Pusta,_Kaarel_Robert, lk 17
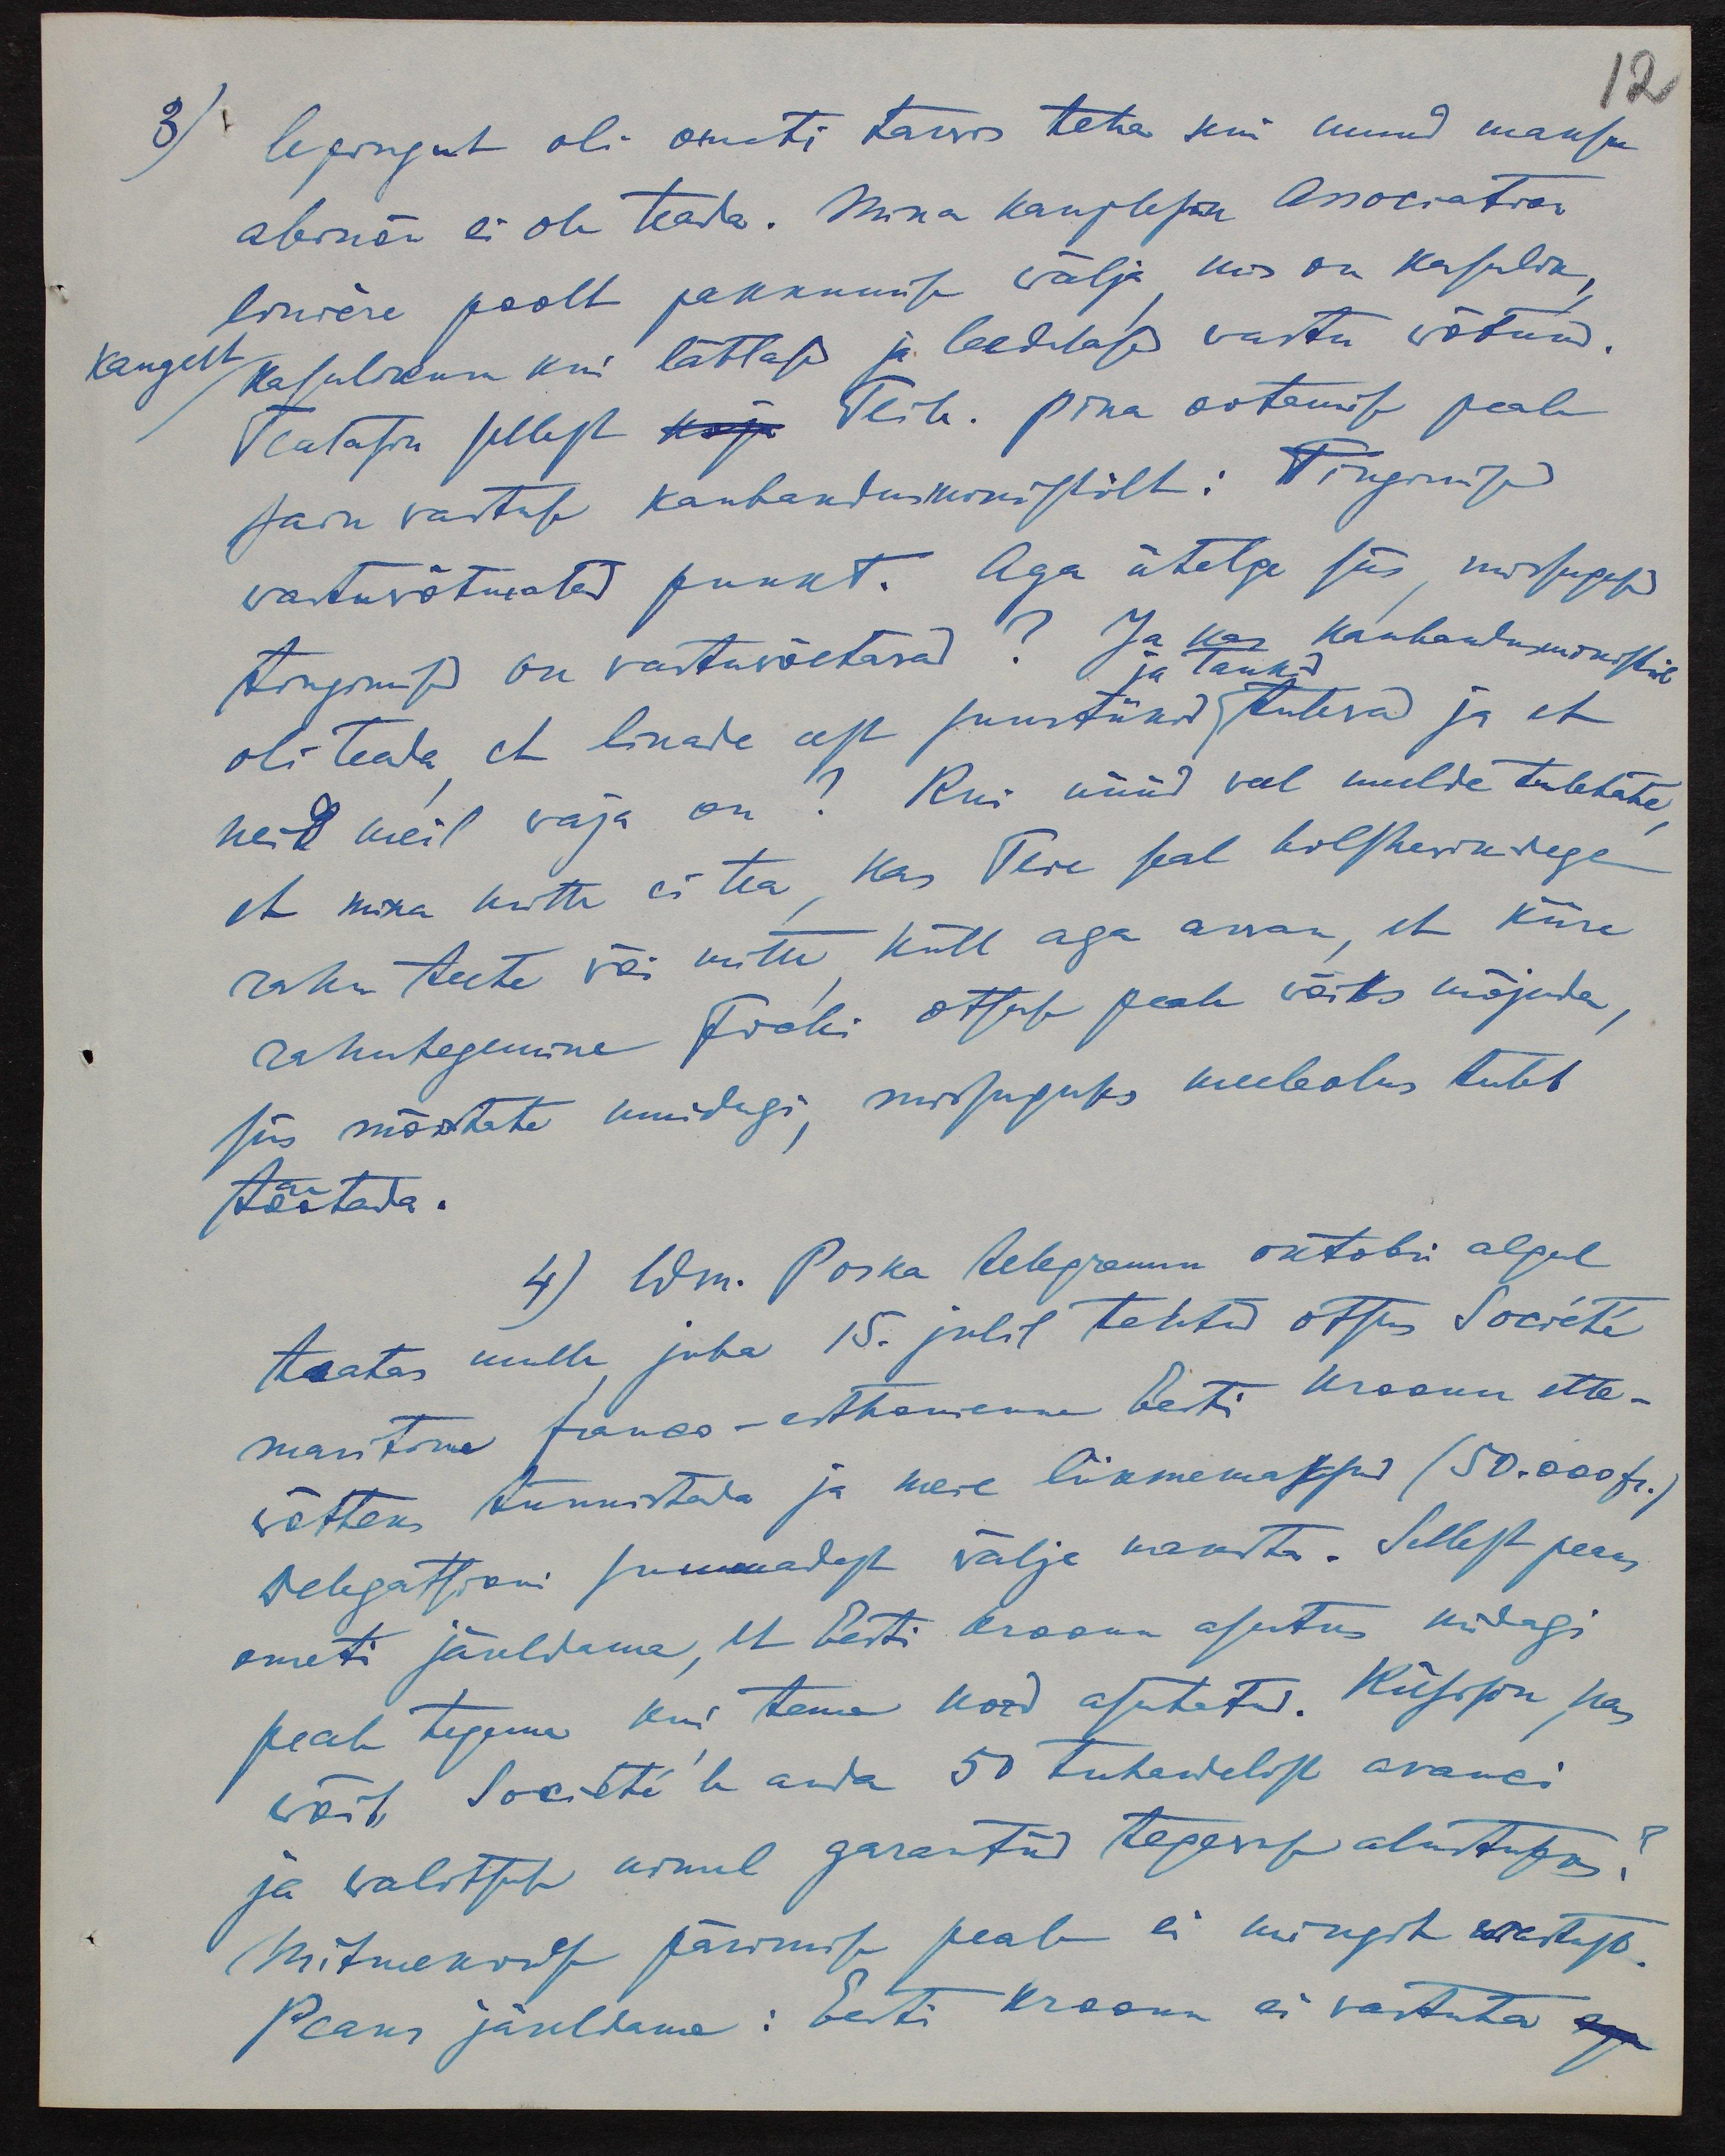
12
3.
lepingut oli ometi tarwis teha seni muud maksu
abinõu ei ole teada. Mina kauplesin Association
linière poolt pakkumise välja, mis on kasulik,
kaugelt kasulikum kui lätlased ja leedulased vastu võtnud.
Teatasin sellest koju Teile. Pika ootamise peale
sain vastuse kaubandusministrilt: Tingimise
vastuvõtmata punkt. Aga ütelge siis, missugused
tingmised on vastuvõetavad? Ja kas Kaubanduministril
ja tankid
oli teada et linade eest suurtükid tulevad ja et
neid meil vaja on? Kui nüüd veel meelde tuletate
et mina mitte ei tea, kas Teie seal bolshevikitega
rahu teete või mitte küll aga arvan, et kiire
rahutegemine Frochii otsuse peale võiks mõjuda,
siis mõistate muidugi, missuguses meeleolus tuleb
töötada.
4) Wm. Poska telegramm oktobri algul
teates mulle juba 15. julil tehtud otsus Société
maritime franco-estonienne eesti kroonu ette-
võtteks tunnistada ja meie liikmemaksud (50.000 fr.)
Delegatsioni summadest välja maksta. Sellest peaks
ometi järeldama, et Eesti kroonu asutus midagi
peab tegema kui tema kord asutatud. Küsisin kas
võib Société'le anda 50 tuhendelist avanci
ja walitsuse nimel garantii tegevuse alustuseks?
Mitmekordse pärimise peale ei mingit wastust.
Peaks järeldama: Eesti kroonu ei vastuta